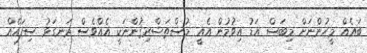
ބައެއް މީހުންނަށް މިބަސް އަޑު އިވުމުން އެއީ މުސްތަޝްރިޤުންނަކީ އެއްވެސް ރަނގަޅު ސިފައެއް